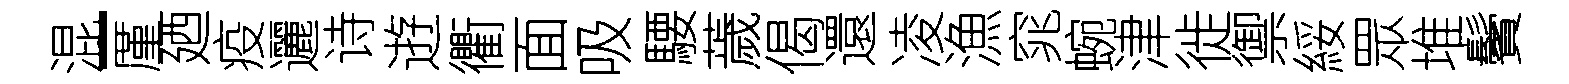
混-厪廼疫邐诗逰衢面吸騕薉偈還凌漁窕蜿津徙禦綏眾堆鬢